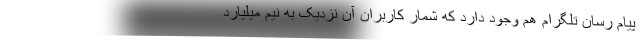
پیام رسان تلگرام هم وجود دارد که شمار کاربران آن نزدیک به نیم میلیارد